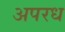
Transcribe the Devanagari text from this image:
अपरध